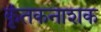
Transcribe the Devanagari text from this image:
कृंतकनाशक